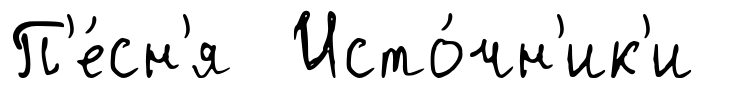
П'е́сн'я Исто́чн'ик'и